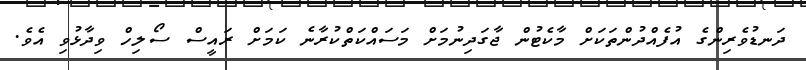
ދަނޑުވެރިންގެ އުފެއްދުންތަކަށް މާކެޓުން ޖާގަދިނުމަށް މަސައްކަތްކުރާނެ ކަމަށް ރައީސް ސޯލިހް ވިދާޅުވި އެވެ.